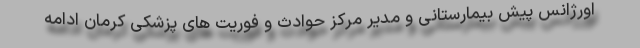
اورژانس پیش بیمارستانی و مدیر مرکز حوادث و فوریت های پزشکی کرمان ادامه